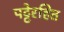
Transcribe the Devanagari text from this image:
पट्टेरहित